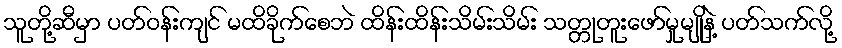
သူတို့ဆီမှာ ပတ်ဝန်းကျင် မထိခိုက်စေဘဲ ထိန်းထိန်းသိမ်းသိမ်း သတ္တုတူးဖော်မှုမျိုနဲ့ ပတ်သက်လို့